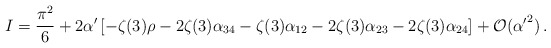
\begin{align*}I = \frac{\pi^2}{6} + 2 \alpha' \left[ - \zeta(3) \rho -2\zeta(3) \alpha_{34}- \zeta(3) \alpha_{12} -2 \zeta(3) \alpha_{23}- 2 \zeta(3) \alpha_{24}\right]+ {\cal O}({\alpha'}^2) \,.\end{align*}